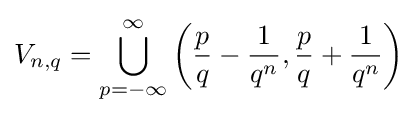
V_{n,q}=\bigcup \limits _{p=-\infty }^{\infty }\left({\frac {p}{q}}-{\frac {1}{q^{n}}},{\frac {p}{q}}+{\frac {1}{q^{n}}}\right)